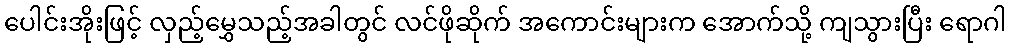
ပေါင်းအိုးဖြင့် လှည့်မွှေသည့်အခါတွင် လင်ဖိုဆိုက် အကောင်းများက အောက်သို့ ကျသွားပြီး ရောဂါ